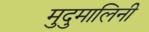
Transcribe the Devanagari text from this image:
मुदुमालिनी